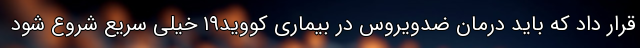
قرار داد که باید درمان ضدویروس در بیماری کووید۱۹ خیلی سریع شروع شود